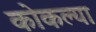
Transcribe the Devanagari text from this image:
कोकल्या